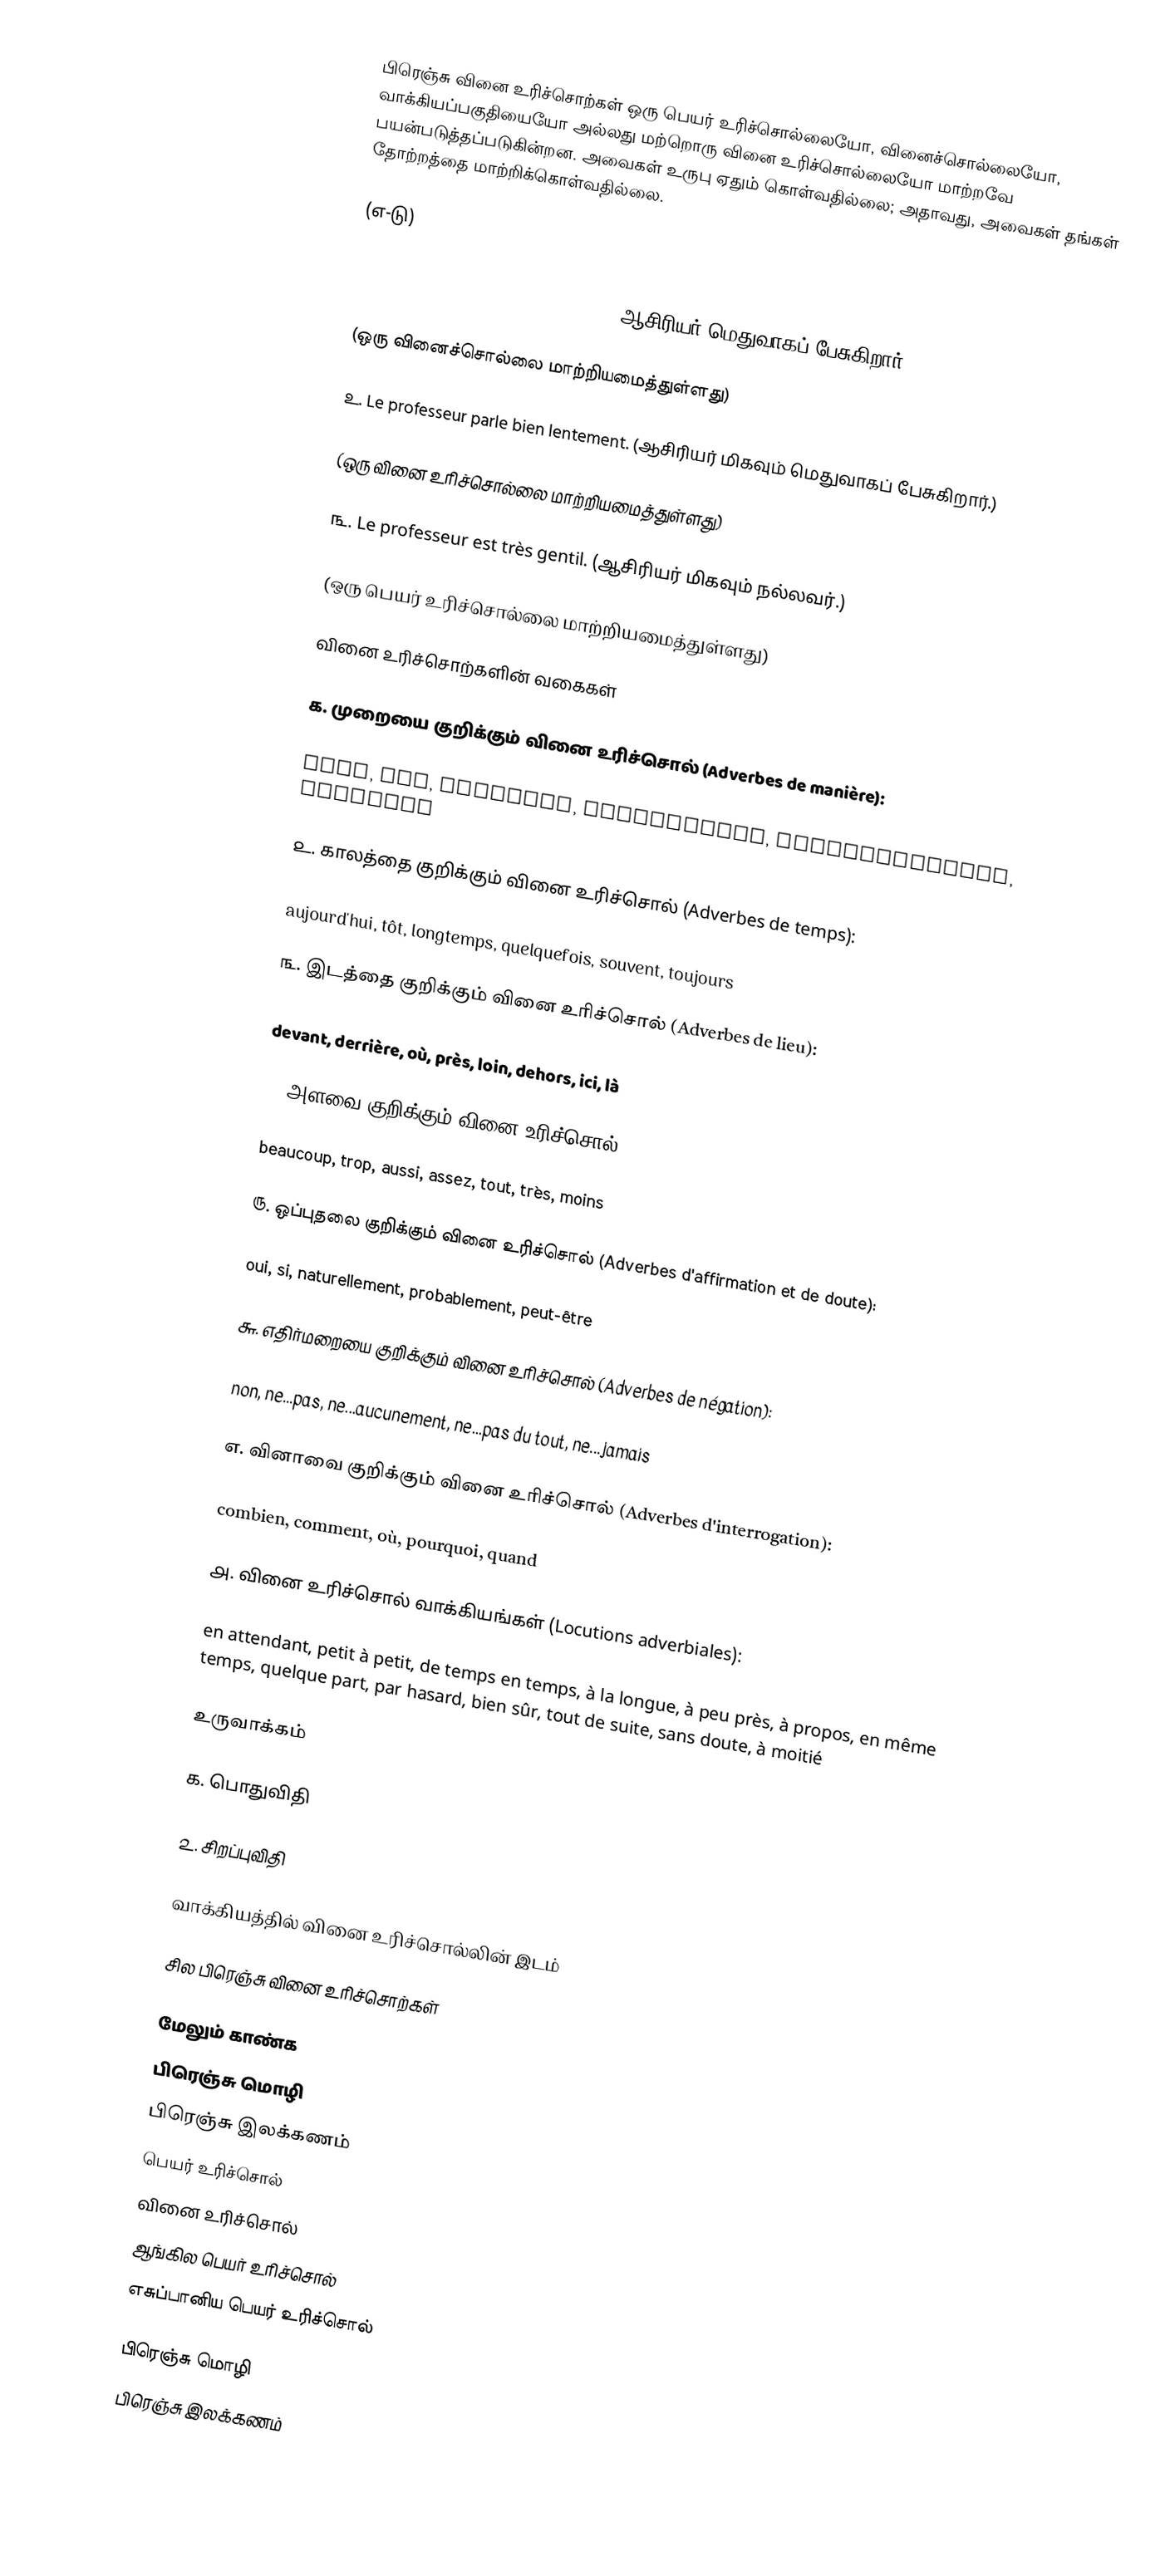
பிரெஞ்சு வினை உரிச்சொற்கள் ஒரு பெயர் உரிச்சொல்லையோ, வினைச்சொல்லையோ, வாக்கியப்பகுதியையோ அல்லது மற்றொரு வினை உரிச்சொல்லையோ மாற்றவே பயன்படுத்தப்படுகின்றன. அவைகள் உருபு ஏதும் கொள்வதில்லை; அதாவது, அவைகள் தங்கள் தோற்றத்தை மாற்றிக்கொள்வதில்லை.

(எ-டு)

௧. Le professeur parle lentement. (ஆசிரியர் மெதுவாகப் பேசுகிறார்.)

(ஒரு வினைச்சொல்லை மாற்றியமைத்துள்ளது)

௨. Le professeur parle bien lentement. (ஆசிரியர் மிகவும் மெதுவாகப் பேசுகிறார்.)

(ஒரு வினை உரிச்சொல்லை மாற்றியமைத்துள்ளது)

௩. Le professeur est très gentil. (ஆசிரியர் மிகவும் நல்லவர்.)

(ஒரு பெயர் உரிச்சொல்லை மாற்றியமைத்துள்ளது)

வினை உரிச்சொற்களின் வகைகள்

௧. முறையை குறிக்கும் வினை உரிச்சொல் (Adverbes de manière):

bien, mal, ensemble, constamment, convenablement, aisément

௨. காலத்தை குறிக்கும் வினை உரிச்சொல் (Adverbes de temps):

aujourd'hui, tôt, longtemps, quelquefois, souvent, toujours

௩. இடத்தை குறிக்கும் வினை உரிச்சொல் (Adverbes de lieu):

devant, derrière, où, près, loin, dehors, ici, là

௪. அளவை குறிக்கும் வினை உரிச்சொல் (Adverbes de quantité):

beaucoup, trop, aussi, assez, tout, très, moins

௫. ஒப்புதலை குறிக்கும் வினை உரிச்சொல் (Adverbes d'affirmation et de doute):

oui, si, naturellement, probablement, peut-être

௬. எதிர்மறையை குறிக்கும் வினை உரிச்சொல் (Adverbes de négation):

non, ne...pas, ne...aucunement, ne...pas du tout, ne...jamais

௭. வினாவை குறிக்கும் வினை உரிச்சொல் (Adverbes d'interrogation):

combien, comment, où, pourquoi, quand

௮. வினை உரிச்சொல் வாக்கியங்கள் (Locutions adverbiales):

en attendant, petit à petit, de temps en temps, à la longue, à peu près, à propos, en même temps, quelque part, par hasard, bien sûr, tout de suite, sans doute, à moitié

உருவாக்கம்

௧. பொதுவிதி

௨. சிறப்புவிதி

வாக்கியத்தில் வினை உரிச்சொல்லின் இடம்

சில பிரெஞ்சு வினை உரிச்சொற்கள்

மேலும் காண்க
 பிரெஞ்சு மொழி
 பிரெஞ்சு இலக்கணம்
 பெயர் உரிச்சொல்
 வினை உரிச்சொல்
 ஆங்கில பெயர் உரிச்சொல்
 எசுப்பானிய பெயர் உரிச்சொல்

பிரெஞ்சு மொழி
பிரெஞ்சு இலக்கணம்